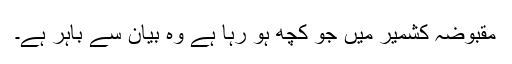
مقبوضہ کشمیر میں جو کچھ ہو رہا ہے وہ بیان سے باہر ہے۔